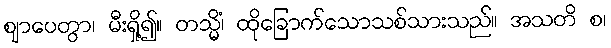
ဈာပေတွာ၊ မီးရှို့၍။ တသ္မိံ၊ ထိုခြောက်သောသစ်သားသည်။ အသတိ စ၊